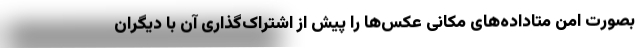
بصورت امن متاداده‌های مکانی عکس‌ها را پیش از اشتراک‌گذاری آن با دیگران